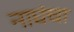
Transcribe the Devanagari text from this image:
नाघंचा